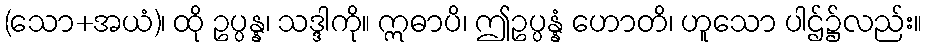
(သော+အယံ)၊ ထို ဥပ္ပန္န၊ သဒ္ဒါကို။ ဣဓာပိ၊ ဤဥပ္ပန္နံ ဟောတိ၊ ဟူသော ပါဌ်၌လည်း။